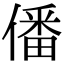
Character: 僠